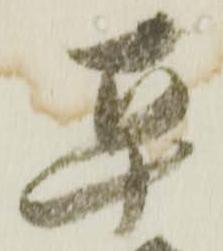
平